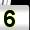
Digit: 5